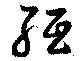
紙